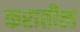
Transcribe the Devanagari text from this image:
करातील